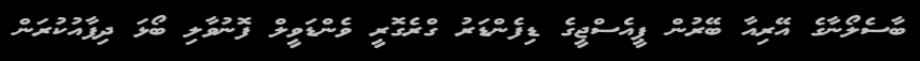
ބާސެލޯނާގެ އޭރިއާ ބޭރުން ޕީއެސްޖީގެ ޑިފެންޑަރު ގްރެގޮރީ ވެންޑަވީލް ފޮނުވާލި ބޯޅަ ދިފާއުކުރަން